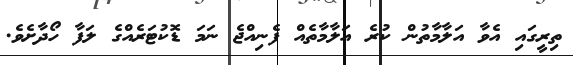
ތިރީގައި އެވާ އަލާމާތުން ކުރެ އަލާމާތެއް ފެނިއްޖެ ނަމަ ޑޮކުޓަރެއްގެ ލަފާ ހޯދާށެވެ.